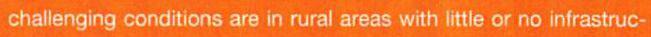
challenging conditions are in rural areas with little or no infrastruc-